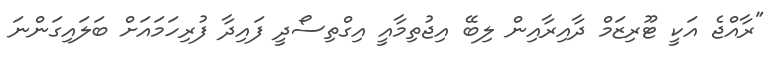
"ރާއްޖެ އަކީ ޓޫރިޒަމް ދާއިރާއިން ލިބޭ އިޖުތިމާއީ އިގްތިސޯދީ ފައިދާ ފުރިހަމައަށް ބަލައިގަންނަ